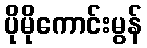
ပိုမိုကောင်းမွန်